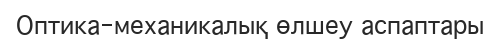
Оптика-механикалық өлшеу аспаптары